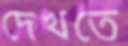
দেখতে